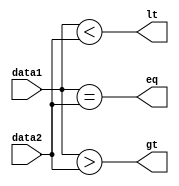
`timescale 1ns / 1ps
//////////////////////////////////////////////////////////////////////////////////
// Company: 
// Engineer: 
// 
// Design Name: 
// Module Name:    COMPARE 
// Project Name: 
// Target Devices: 
// Tool versions: 
// Description: 
//
// Dependencies: 
//
// Revision: 
// Revision 0.01 - File Created
// Additional Comments: 
//
//////////////////////////////////////////////////////////////////////////////////
module COMPARE(lt, gt, eq, data1, data2);
input [15:0] data1, data2;
output lt, gt, eq;
 
assign lt = data1 < data2;
assign gt = data1 > data2;
assign eq = data1 == data2;
endmodule